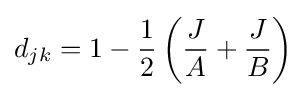
d_{jk}=1-{\frac {1}{2}}\left({\frac {J}{A}}+{\frac {J}{B}}\right)